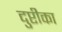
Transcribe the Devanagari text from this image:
दुप्टीका